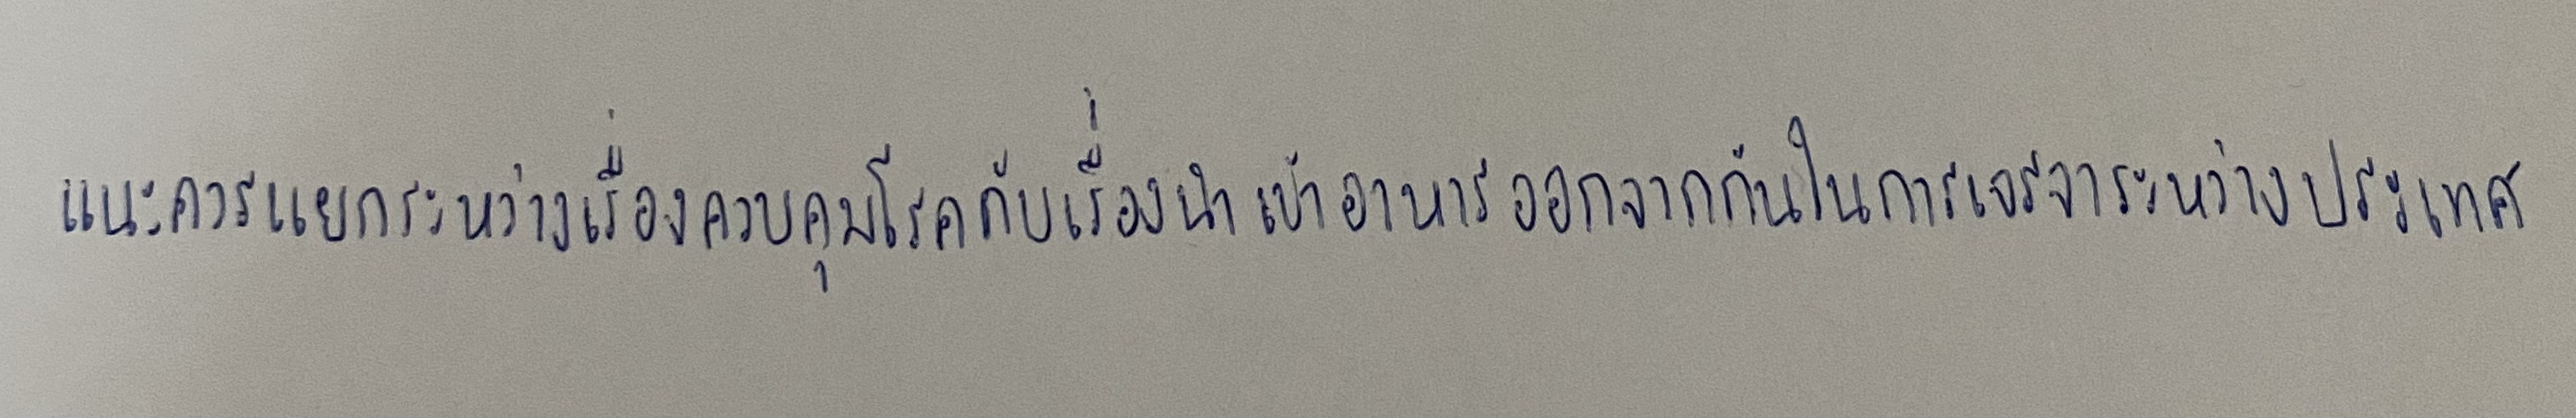
แนะควรแยกระหว่างเรื่องควบคุมโรคกับเรื่องนำเข้าอาหารออกจากกันในการเจรจาระหว่างประเทศ